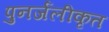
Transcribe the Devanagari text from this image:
पुनर्जलीकृत